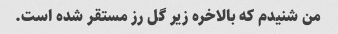
من شنیدم که بالاخره زیر گل رز مستقر شده است.